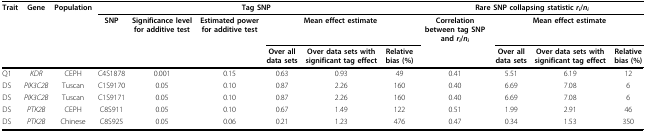
<table><thead><tr><td><b>Trait</b></td><td><b>Gene</b></td><td><b>Population</b></td><td colspan="6"><b>Tag SNP</b></td><td colspan="4"><b>Rare SNP collapsing statistic <i>r<sub>i</sub></i>/<i>n<sub>i</sub></i></b></td></tr><tr><td></td><td></td><td></td><td><b>SNP</b></td><td><b>Significance level for additive test</b></td><td><b>Estimated power for additive test</b></td><td colspan="3"><b>Mean effect estimate</b></td><td><b>Correlation between tag SNP and <i>r<sub>i</sub></i>/<i>n<sub>i</sub></i></b></td><td colspan="3"><b>Mean effect estimate</b></td></tr><tr><td></td><td></td><td></td><td></td><td></td><td></td><td><b>Over all data sets</b></td><td><b>Over data sets with significant tag effect</b></td><td><b>Relative bias (%)</b></td><td></td><td><b>Over all data sets</b></td><td><b>Over data sets with significant tag effect</b></td><td><b>Relative bias (%)</b></td></tr></thead><tbody><tr><td>Q1</td><td><i>KDR</i></td><td>CEPH</td><td>C4S1878</td><td>0.001</td><td>0.15</td><td>0.63</td><td>0.93</td><td>49</td><td>0.41</td><td>5.51</td><td>6.19</td><td>12</td></tr><tr><td>DS</td><td><i>PIK3C2B</i></td><td>Tuscan</td><td>C1S9170</td><td>0.05</td><td>0.10</td><td>0.87</td><td>2.26</td><td>160</td><td>0.40</td><td>6.69</td><td>7.08</td><td>6</td></tr><tr><td>DS</td><td><i>PIK3C2B</i></td><td>Tuscan</td><td>C1S9171</td><td>0.05</td><td>0.10</td><td>0.87</td><td>2.26</td><td>160</td><td>0.40</td><td>6.69</td><td>7.08</td><td>6</td></tr><tr><td>DS</td><td><i>PTK2B</i></td><td>CEPH</td><td>C8S911</td><td>0.05</td><td>0.10</td><td>0.67</td><td>1.49</td><td>122</td><td>0.51</td><td>1.99</td><td>2.91</td><td>46</td></tr><tr><td>DS</td><td><i>PTK2B</i></td><td>Chinese</td><td>C8S925</td><td>0.05</td><td>0.06</td><td>0.21</td><td>1.23</td><td>476</td><td>0.47</td><td>0.34</td><td>1.53</td><td>350</td></tr></tbody></table>